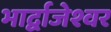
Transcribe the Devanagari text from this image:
भार्द्वाजेश्वर